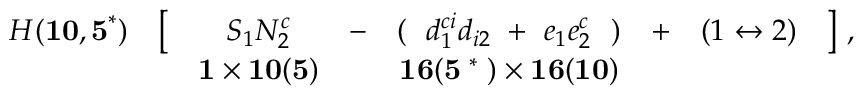
\begin{array} { c c c c c c c c } { { H ( { \bf 1 0 , 5 } ^ { * } ) } } & { { \bigl [ } } & { { S _ { 1 } N _ { 2 } ^ { c } } } & { { - } } & { { ( \ \ d _ { 1 } ^ { c i } d _ { i 2 } \ + \ e _ { 1 } e _ { 2 } ^ { c } \ \ ) } } & { { + } } & { { ( 1 \leftrightarrow 2 ) } } & { { \bigr ] \ , } } \\ { { } } & { { } } & { { \mathrm { \footnotesize \bf 1 } \times \mathrm { \footnotesize \bf 1 0 ( 5 ) } } } & { { } } & { { \mathrm { \footnotesize \bf 1 6 ( 5 ~ ^ { * } ~ ) } \times \mathrm { \footnotesize \bf 1 6 ( 1 0 ) } } } & { { } } & { { } } & { { } } \end{array}